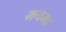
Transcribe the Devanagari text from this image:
मनमा